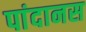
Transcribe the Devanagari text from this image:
पांदानस